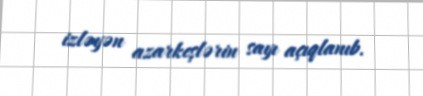
izləyən azarkeşlərin sayı açıqlanıb.